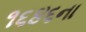
૧૬૪૬ના